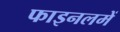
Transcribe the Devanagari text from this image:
फाइनलमें